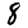
Digit: 8